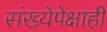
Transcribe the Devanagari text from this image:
संख्येपेक्षाही